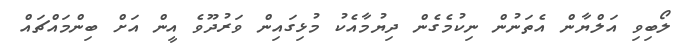
ލޯބިވި އަލްޔާން އެތަނުން ނިކުމެގެން ދިޔުމާއެކު މުޅިގައިން ވަރުދޫވެ އީން އަށް ބިންމައްޗައް